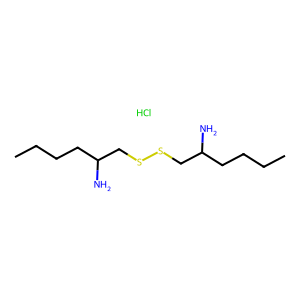
SMILES: CCCCC(N)CSSCC(N)CCCC.Cl
Inhibits HIV replication: No